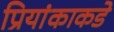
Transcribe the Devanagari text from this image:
प्रियांकाकडे